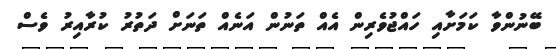
ބޭނުންވާ ކަމަށާއި ހައްޖުވެރިން އެއް ތަނުން އަނެއް ތަނަށް ދަތުރު ކުރާއިރު ވެސް